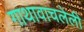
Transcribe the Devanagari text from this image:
गाथावाचलेली